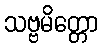
သဗ္ဗမိတ္တော